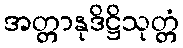
အတ္တာနုဒိဋ္ဌိသုတ္တံ